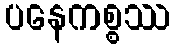
ပနေကစ္စဿ